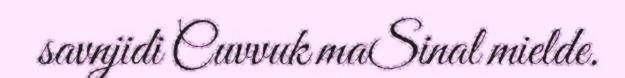
savnjidi Cuvvuk maSinal mielde.